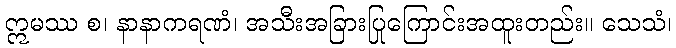
ဣမဿ စ၊ နာနာကရဏံ၊ အသီးအခြားပြုကြောင်းအထူးတည်း။ သေသံ၊